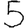
Digit: 5